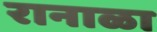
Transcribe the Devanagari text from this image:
रानाळा